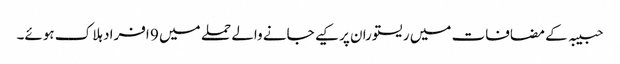
حبیبہ کے مضافات میں ریستوران پر کیے جانے والے حملے میں 9 افراد ہلاک ہوئے۔